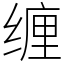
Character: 缠